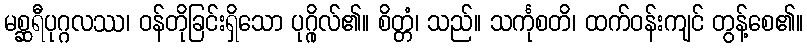
မစ္ဆရီပုဂ္ဂလဿ၊ ဝန်တိုခြင်းရှိသော ပုဂ္ဂိုလ်၏။ စိတ္တံ၊ သည်။ သင်္ကုစတိ၊ ထက်ဝန်းကျင် တွန့်စေ၏။